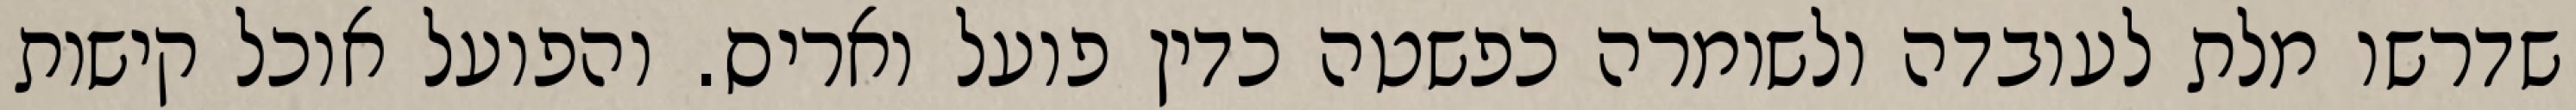
שדרשו מלת לעובדה ולשומרה כפשטה כדין פועל ואריס. והפועל אוכל קישות